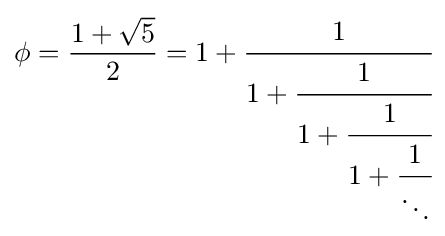
\phi ={\frac {1+{\sqrt {5}}}{2}}=1+{\cfrac {1}{1+{\cfrac {1}{1+{\cfrac {1}{1+{\cfrac {1}{\ddots }}}}}}}}